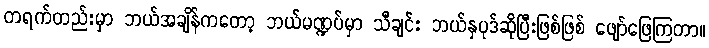
တရက်တည်းမှာ ဘယ်အချိန်ကတော့ ဘယ်မဏ္ဍပ်မှာ သီချင်း ဘယ်နှပုဒ်ဆိုပြီးဖြစ်ဖြစ် ဖျော်ဖြေကြတာ။